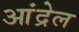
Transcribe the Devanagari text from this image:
आंद्रेल